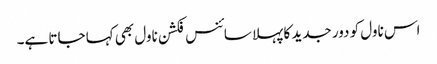
اس ناول کو دور جدید کا پہلا سائنس فکشن ناول بھی کہا جاتا ہے۔